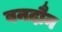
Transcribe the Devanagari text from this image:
बनदौन